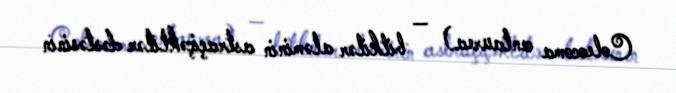
Coleocoma centaurea) — bitkilər aləminin astraçiçəklilər dəstəsinin